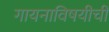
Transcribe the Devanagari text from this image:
गायनाविषयीची